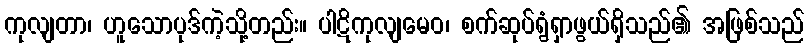
ကုလျတာ၊ ဟူသောပုဒ်ကဲ့သို့တည်း။ ပါဋိကုလျမေဝ၊ စက်ဆုပ်ရွံရှာဖွယ်ရှိသည်၏ အဖြစ်သည်